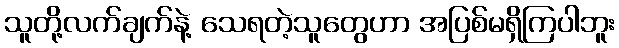
သူတို့လက်ချက်နဲ့ သေရတဲ့သူတွေဟာ အပြစ်မရှိကြပါဘူး